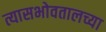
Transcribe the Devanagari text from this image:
त्यासभोवतालच्या